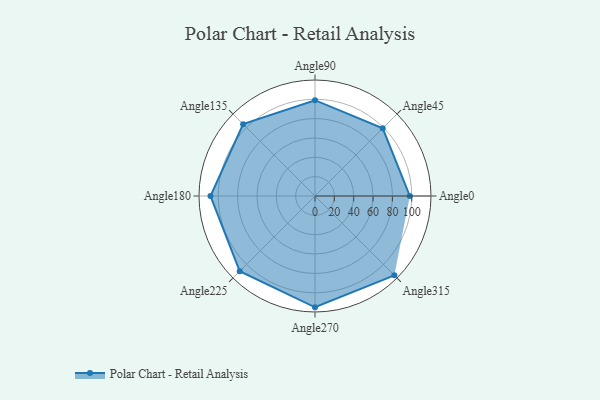
{"axis": {"x": "Angle", "y": "Radius"}, "legend": [""], "data": [{"x": "Angle0", "y": 98.0, "type": ""}, {"x": "Angle45", "y": 99.0, "type": ""}, {"x": "Angle90", "y": 99.0, "type": ""}, {"x": "Angle135", "y": 105.0, "type": ""}, {"x": "Angle180", "y": 108.0, "type": ""}, {"x": "Angle225", "y": 110.0, "type": ""}, {"x": "Angle270", "y": 115.0, "type": ""}, {"x": "Angle315", "y": 116.0, "type": ""}]}